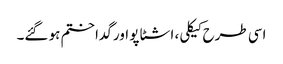
اسی طرح کیکلی، اشٹاپو اور گدا ختم ہو گئے۔